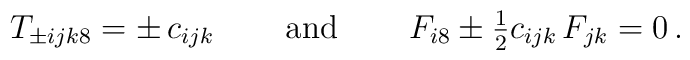
\begin{array}{ccc}T_{\pm ijk8}=\pm\,c_{ijk}~~~&~\mbox{and}~&~~~F_{i8}\pm\frac{1}{2}c_{ijk}\,F_{jk}=0\,.\end{array}